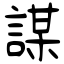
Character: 謀